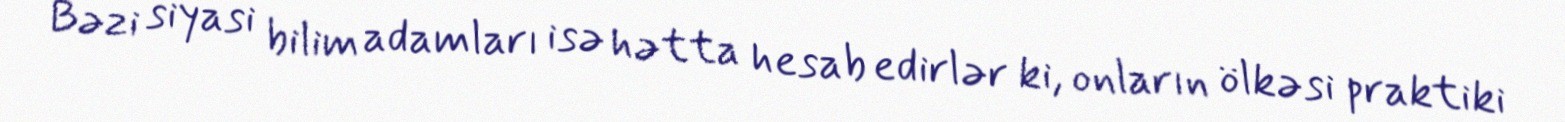
Bəzi siyasi bilim adamları isə hətta hesab edirlər ki, onların ölkəsi praktiki